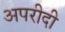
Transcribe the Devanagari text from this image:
अपरीदी